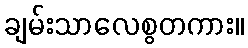
ချမ်းသာလေစွတကား။